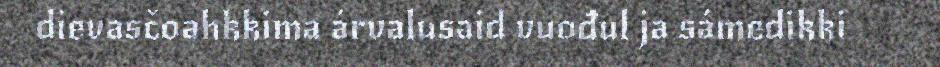
dievasčoahkkima árvalusaid vuođul ja sámedikki